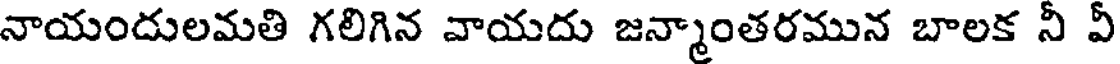
నాయందులమతి గలిగిన వాయదు జన్మాంతరమున బాలక నీ వీ